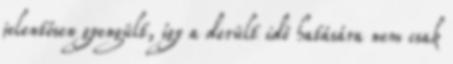
jelentősen gyengült, így a derült idő hatására nem csak